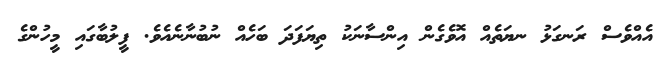
އެއްވެސް ރަނގަޅު ނޔަތެއް އޮވެގެން އިންސާނަކު ތިޔަފަދަ ބަހެއް ނުބުނާނެއެވެ. ފީލުބާގައި މީހުންގެ